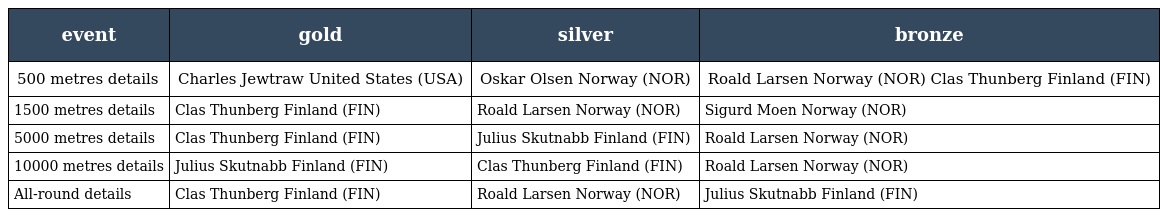
| event | gold | silver | bronze |
 | --- | --- | --- | --- |
 | 500 metres details | Charles Jewtraw United States (USA) | Oskar Olsen Norway (NOR) | Roald Larsen Norway (NOR) Clas Thunberg Finland (FIN) |
 | 1500 metres details | Clas Thunberg Finland (FIN) | Roald Larsen Norway (NOR) | Sigurd Moen Norway (NOR) |
 | 5000 metres details | Clas Thunberg Finland (FIN) | Julius Skutnabb Finland (FIN) | Roald Larsen Norway (NOR) |
 | 10000 metres details | Julius Skutnabb Finland (FIN) | Clas Thunberg Finland (FIN) | Roald Larsen Norway (NOR) |
 | All-round details | Clas Thunberg Finland (FIN) | Roald Larsen Norway (NOR) | Julius Skutnabb Finland (FIN) |